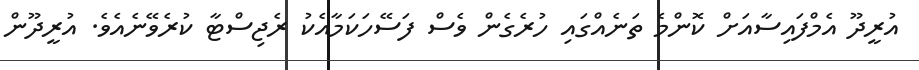
އުރީދޫ އެމްފައިސާއަށް ކޮންމެ ތަނެއްގައި ހުރެގެން ވެސް ފަސޭހަކަމާއެކު ރެޖިސްޓާ ކުރެވޭނެއެވެ. އުރީދޫން